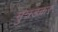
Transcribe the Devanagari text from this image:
मुत्रडकर